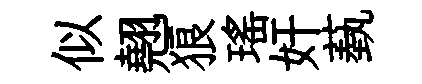
似翹狼瑶奸蓺